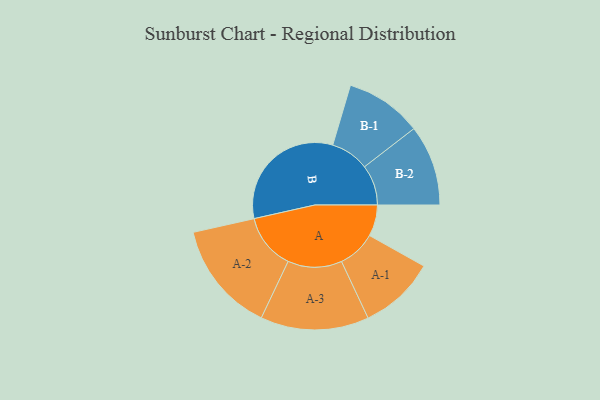
{"axis": {"x": "Segment", "y": "Value"}, "legend": ["", "A", "B"], "data": [{"x": "A", "y": 111, "type": ""}, {"x": "B", "y": 452, "type": ""}, {"x": "A-1", "y": 135, "type": "A"}, {"x": "A-2", "y": 197, "type": "A"}, {"x": "A-3", "y": 192, "type": "A"}, {"x": "B-1", "y": 136, "type": "B"}, {"x": "B-2", "y": 143, "type": "B"}]}